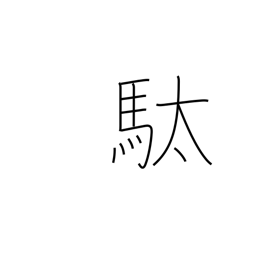
Meaning: pack horse